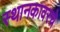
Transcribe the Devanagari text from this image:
स्थानकावरचे